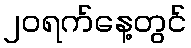
၂၀ရက်နေ့တွင်